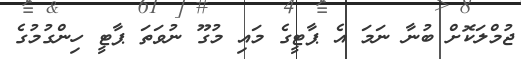
ޖުމްލަކޮށް ބުނާ ނަމަ އެ ޕާޓީގެ މައި މުގޫ ނުވަތަ ޕާޓީ ހިންގުމުގެ